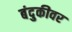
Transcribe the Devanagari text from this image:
बंदुकीवर